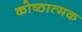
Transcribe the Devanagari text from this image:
कोष्ठात्मक